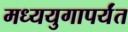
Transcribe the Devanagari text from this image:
मध्ययुगापर्यंत